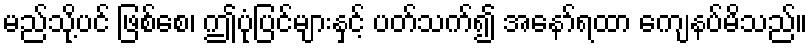
မည်သို့ပင် ဖြစ်စေ၊ ဤပုံပြင်များနှင့် ပတ်သက်၍ အနော်ရထာ ကျေနပ်မိသည်။